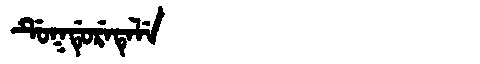
Manchu: ᡩᡠᡴᡩᡠᡵᡝᡨᡝᠯᡝ
Romanization: DUKDURETELE